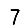
Digit: 7